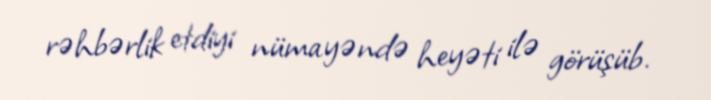
rəhbərlik etdiyi nümayəndə heyəti ilə görüşüb.